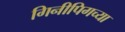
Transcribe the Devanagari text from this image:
गिनीपिगच्या